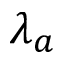
\lambda _ { a }